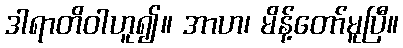
ဒါရာတိဝါဟူ၍။ အာဟ၊ မိန့်တော်မူပြီ။